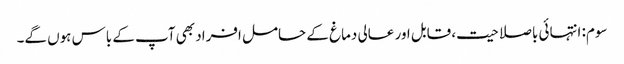
سوم: انتہائی باصلاحیت، قابل اور عالی دماغ کے حامل افراد بھی آپ کے باس ہوں گے۔